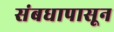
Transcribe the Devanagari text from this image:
संबधापासून